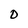
Character: 0